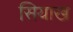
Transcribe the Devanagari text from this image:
सियाख